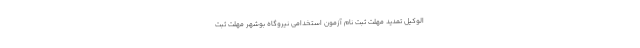
الْوَکِیلُ تمدید مهلت ثبت نام آزمون استخدامی نیروگاه بوشهر مهلت ثبت